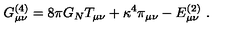
G _ { \mu \nu } ^ { ( 4 ) } = 8 \pi G _ { N } T _ { \mu \nu } + \kappa ^ { 4 } \pi _ { \mu \nu } - E _ { \mu \nu } ^ { ( 2 ) } \ .